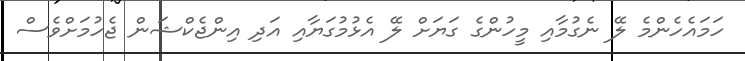
ހަމައެހެންމެ ލޭ ނެގުމާއި މީހުންގެ ގަޔަށް ލޭ އެޅުމުގަޔާއި އަދި އިންޖެކްޝަން ޖެހުމަށްވެސް